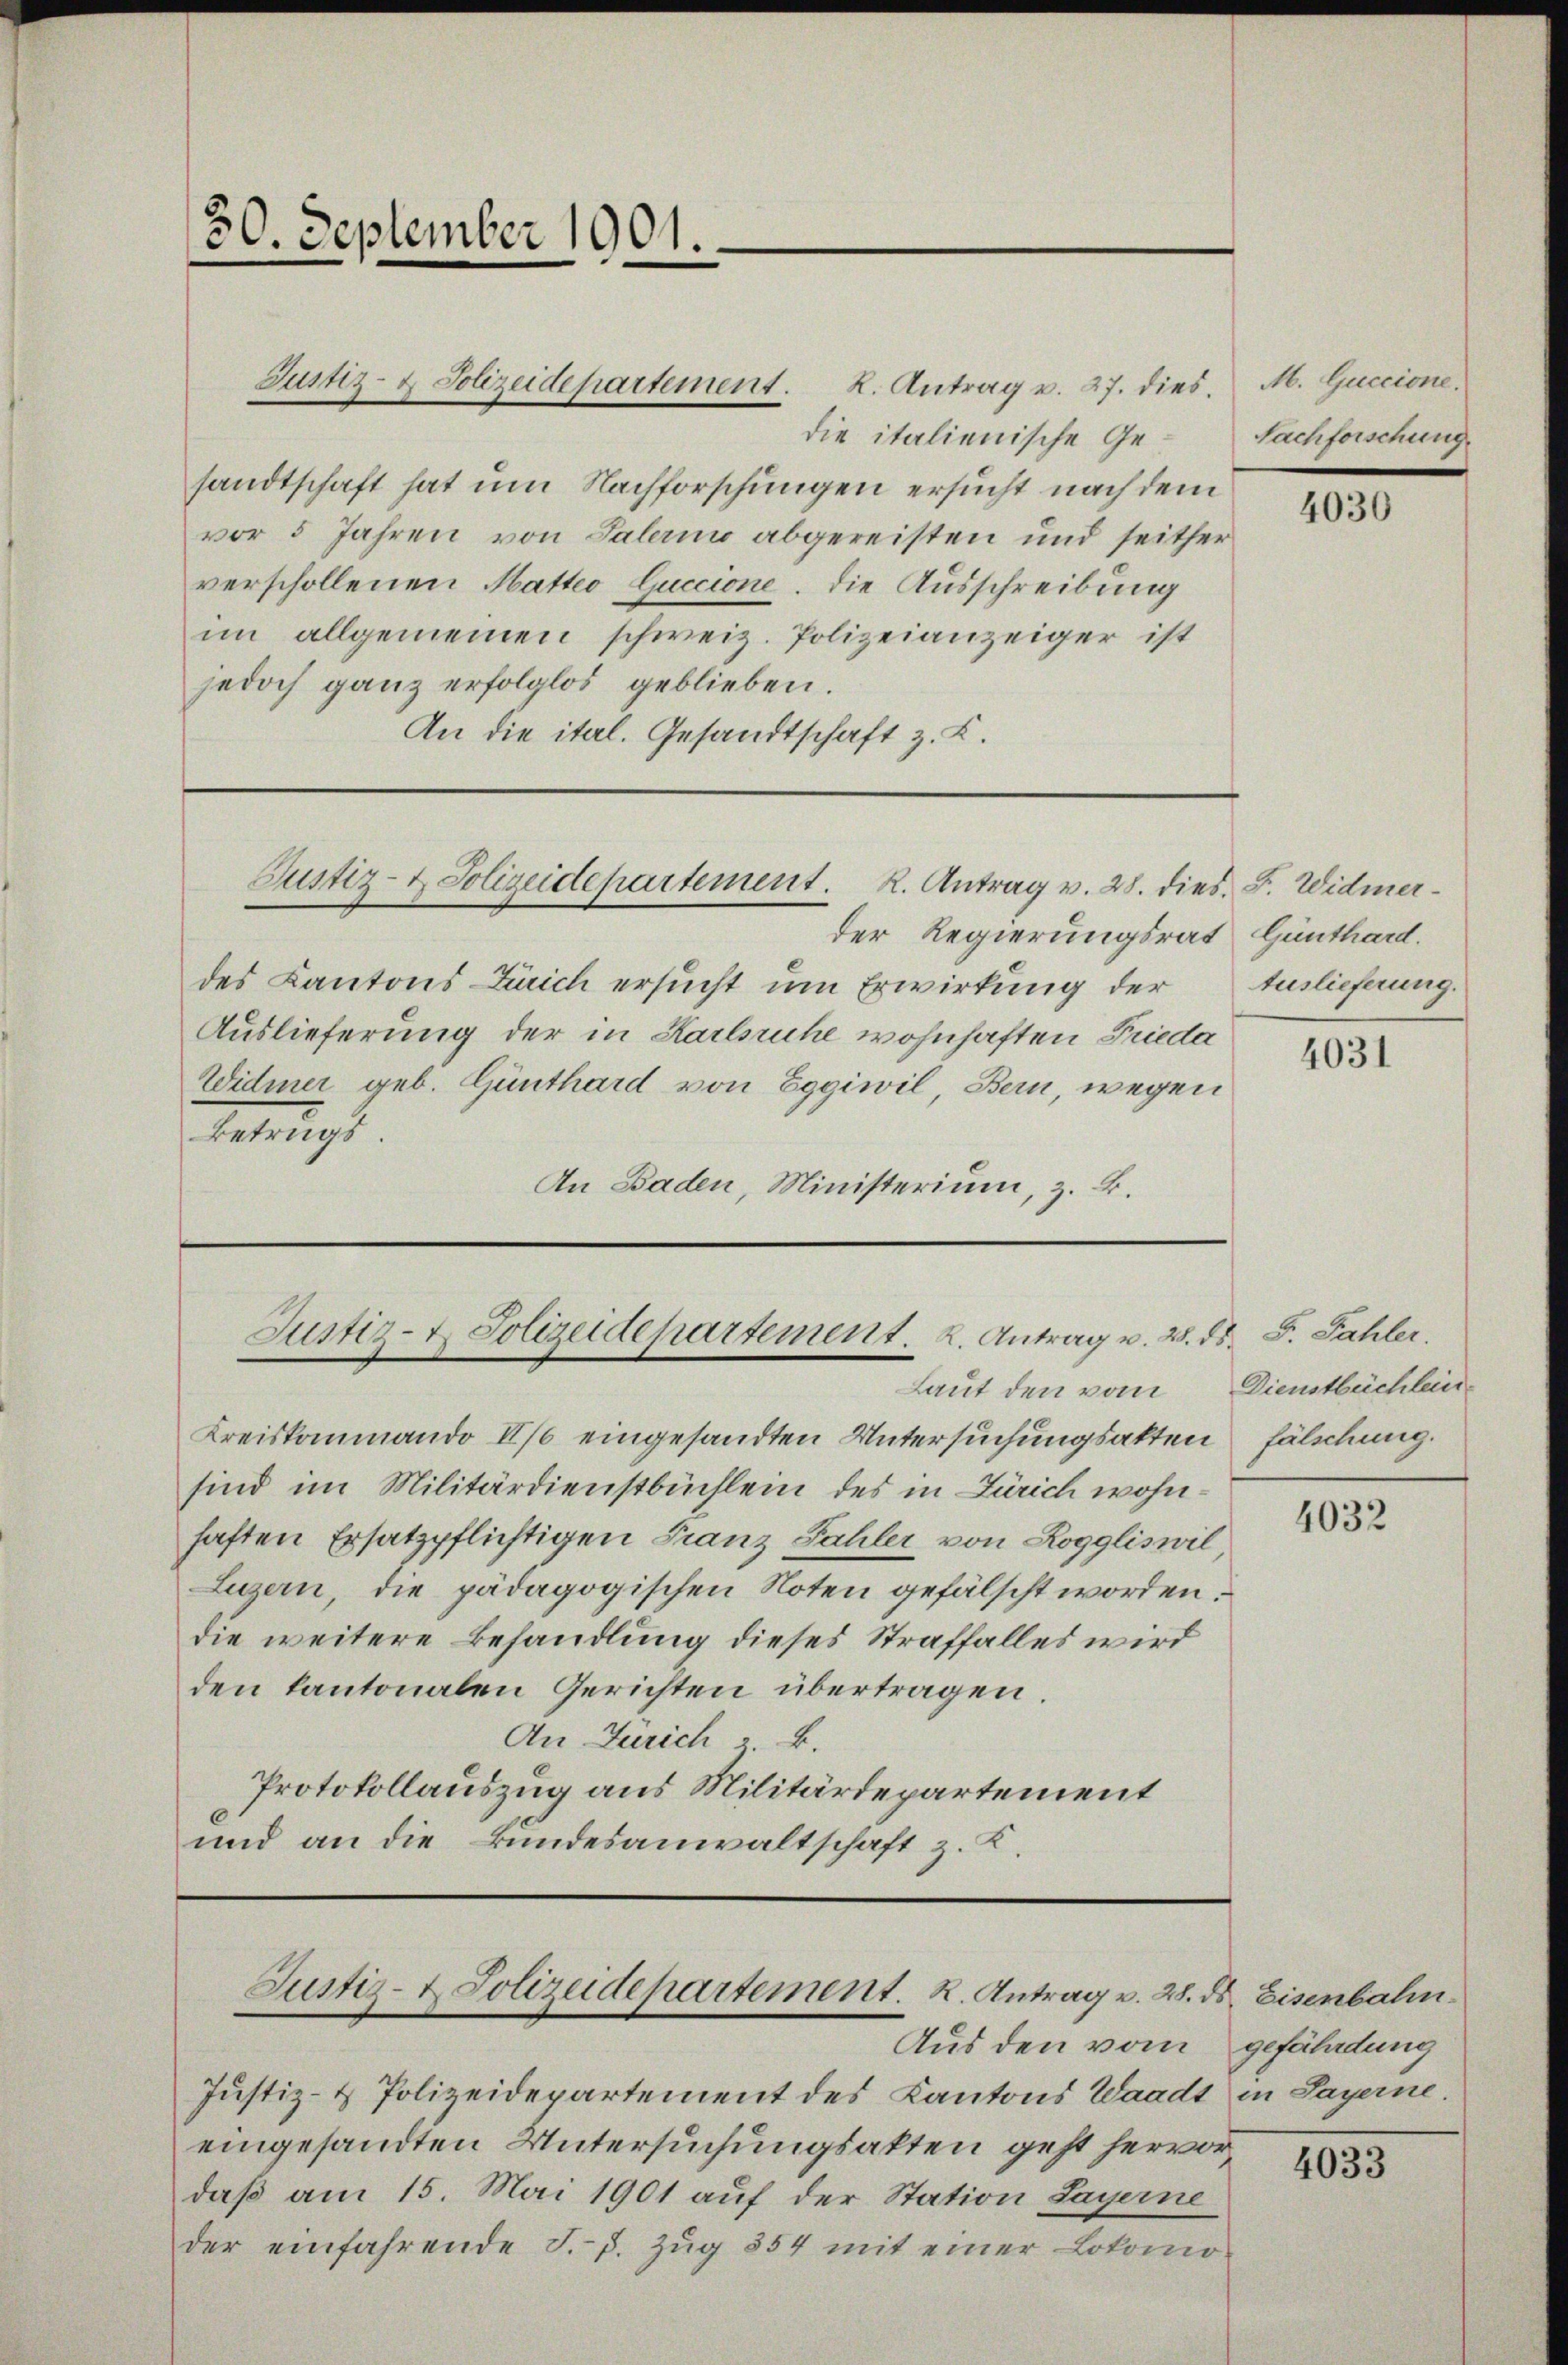
30. September 1901.

die italienische Gesandtschaft hat um Nachforschungen ersucht nach dem
vor 5 Jahren von Salarii abgereisten und seither
verschollenen Matteo Guccione. Die Ausschreibung
im allgemeinen schweiz. Polizeianzeiger ist
jedoch ganz erfolglos geblieben.
An die ital. Gesandtschaft z. B.

Justiz- & Polizeidepartement. K. Antrag v. 27. dies

Justiz- & Polizeidepartement. R. Antrag v. 28. dies. S. Widmer-

der Regierungsrat Günthard.
des Kantons Zürich ersucht um Erwirkung der
Auslieferung der in Karlsruhe wohnhaften Frieda
Widmer geb. Günthard von Eggiwil, Bern, wegen
Betrugs.
An Baden, Ministerium, z. B.

Justiz- & Polizeidepartement. 2. Antrag u. 2.
Laut den vom

Kreiskommando II/0 eingesandten Untersuchungsakten fälschung.
sind im Militärdienstbüchlein des in Zürich wohnhaften Ersatzpflichtigen Franz Fahler von Roggliswil
Luzern, die pädagogischen Noten gefälscht worden:
die weitere Behandlung dieses Straffalles wird
den kantonalen Gerichten übertragen.
An Zürich. B.
Protokollauszug aus Militärdepartement
und an die Bundesanwaltschaft z. K.

Justiz- & Polizeidepartement. K. Antrag v. 28. ds. Eisenbahn
Aus den vom

Justiz- & Polizeidepartement des Kantons Waadt in Sayerne.
eingesandten Untersuchungsakten geht hervor
daß am 15. Mai 1901 auf der Station Layerne
der einfahrende J. J. Zŭg 854 mit einer Lokomo-

M. Guccione.
Nachforschung

4030

Auslieferung.

4031

ed. G. Fahler.
Dienstbeichlein

4032

gefährdung

4033